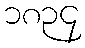
၁၈၃၄